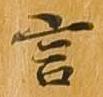
言